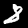
Label: 8